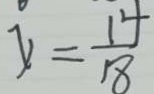
y = \frac { 1 4 } { 1 8 }